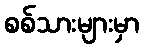
စစ်သားများမှာ